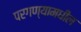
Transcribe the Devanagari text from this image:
परगण्यामधील